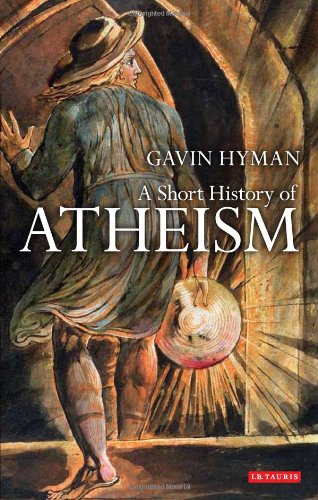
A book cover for A Short History of Atheism (Library of Modern Religion); Gavin Hyman; Politics & Social Sciences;